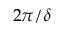
2 \pi / \delta